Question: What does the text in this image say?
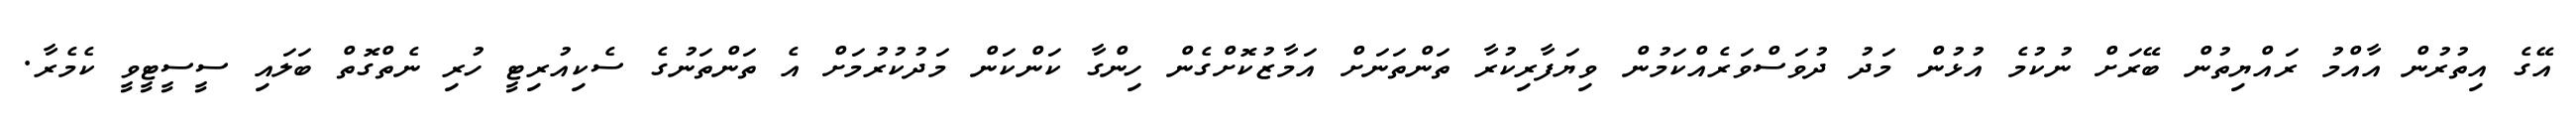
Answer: އޭގެ އިތުރުން އާއްމު ރައްޔިތުން ބޭރަށް ނުކުމެ އުޅުން މަދު ދުވަސްވަރެއްކަމުން ވިޔަފާރިކުރާ ތަންތަނަށް އަމާޒުކޮށްގެން ހިންގާ ކަންކަން މަދުކުރުމަށް އެ ތަންތަނުގެ ސެކިއުރިޓީ ހުރި ނެތްގޮތް ބަލައި ސީސީޓީވީ ކެމެރާ.